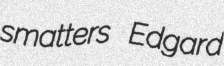
smatters Edgard